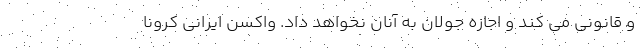
و قانونی می کند و اجازه جولان به آنان نخواهد داد. واکسن ایرانی کرونا